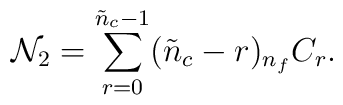
{\cal N}_{2}        = \sum_{r=0}^{\tilde{n}_{c}-1} (\tilde{n}_{c}-r) {}_{n_{f}}C_{r}.